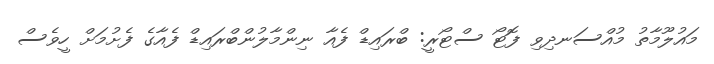
މައުލޫމާތު މުއްސަނދިވި ފޮޓޯ ސްޓޯރީ: ބްރައިޑް ފެއާ ނިންމާލުންބްރައިޑް ފެއާގެ ފެށުމަށް ހީވެސް